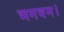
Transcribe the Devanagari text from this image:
भगवन।